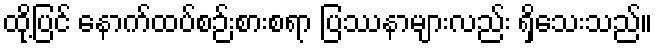
ထို့ပြင် နောက်ထပ်စဉ်းစားစရာ ပြဿနာများလည်း ရှိသေးသည်။